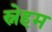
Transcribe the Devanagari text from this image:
स्नेहम